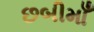
છબીમાઁ